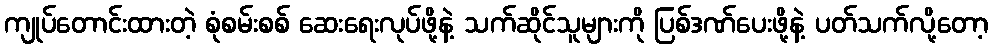
ကျုပ်တောင်းထားတဲ့ စုံစမ်းစစ် ဆေးရေးလုပ်ဖို့နဲ့ သက်ဆိုင်သူများကို ပြစ်ဒဏ်ပေးဖို့နဲ့ ပတ်သက်လို့တော့